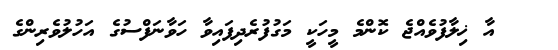
އާ ޚިލާފުވެއްޖެ ކޮންމެ މީހަކީ މަގުފުރެދިފައިވާ ހަވާނަފްސުގެ އަހުލުވެރިންގެ